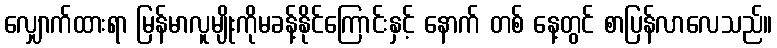
လျှောက်ထားရာ မြန်မာလူမျိုးကိုမခန့်နိုင်ကြောင်းနှင့် နောက် တစ် နေ့တွင် စာပြန်လာလေသည်။